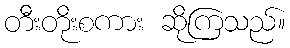
တီးတိုးစကား ဆိုကြသည်။